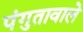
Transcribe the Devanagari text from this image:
पंगुतावाले